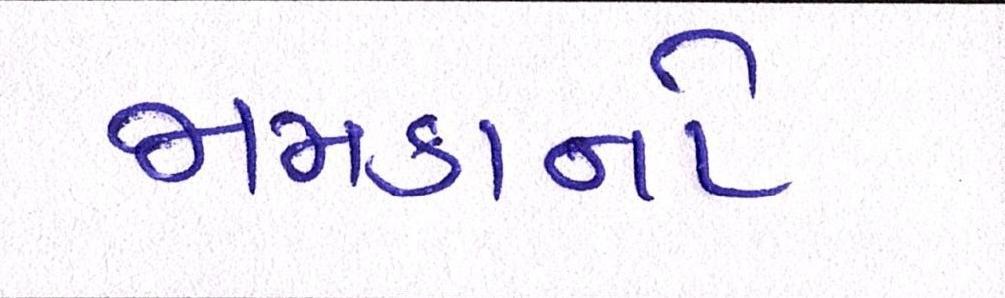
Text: જામકાનો